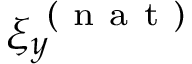
\xi _ { y } ^ { \mathrm { ~ ( ~ n ~ a ~ t ~ ) ~ } }